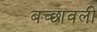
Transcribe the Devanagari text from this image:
बच्छावली